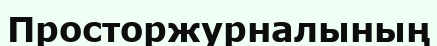
Просторжурналының